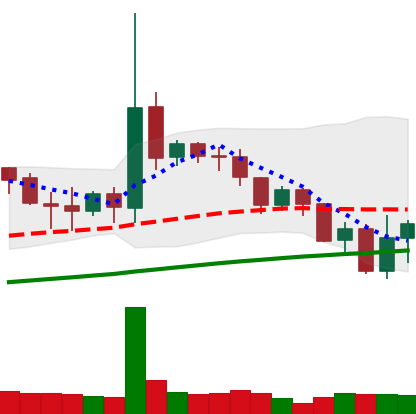
Ticker: DOGE-USD
Chart end date: 2019-07-18
Forward return: -7.722%
Label: down_7plus